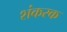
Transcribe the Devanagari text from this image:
शंकरक